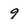
Character: 9